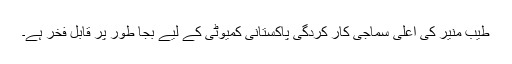
طیب منیر کی اعلیٰ سماجی کار کردگی پاکستانی کمیوٹی کے لیے بجا طور پر قابل فخر ہے۔